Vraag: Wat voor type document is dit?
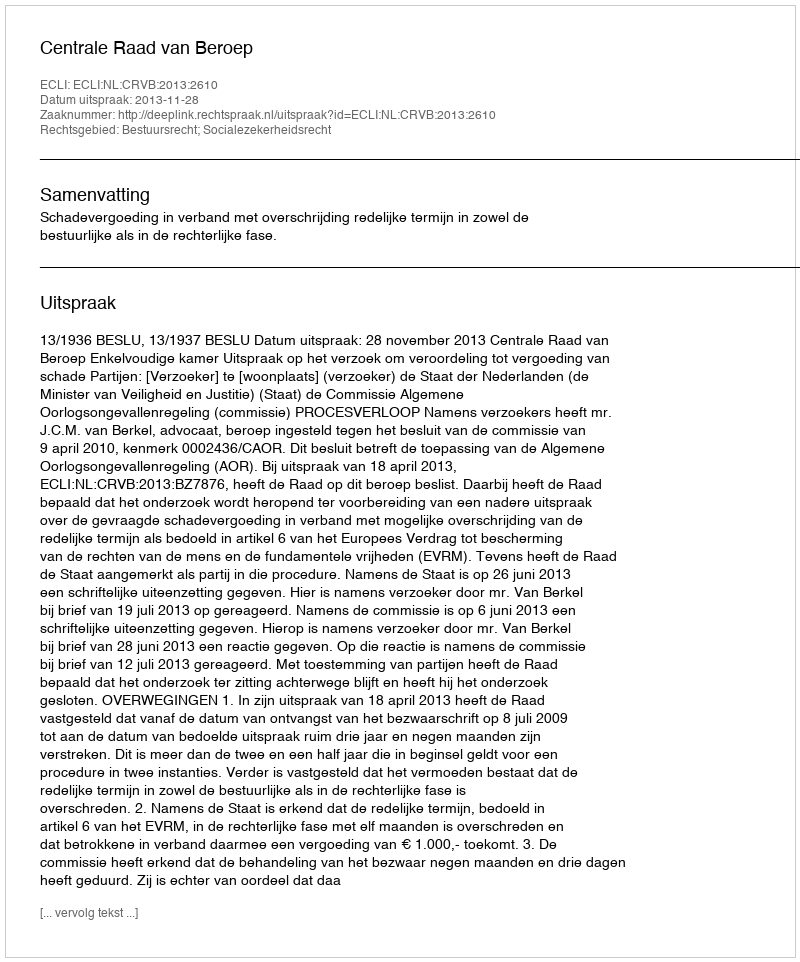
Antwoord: Uitspraak